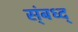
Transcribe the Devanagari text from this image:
स्ंबध्द्